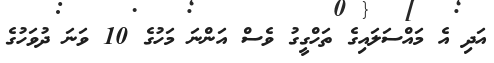
އަދި އެ މައްސަލައިގެ ތަހްގީގު ވެސް އަންނަ މަހުގެ 10 ވަނަ ދުވަހުގެ